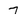
Character: 7